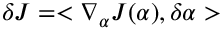
\delta J = < \nabla _ { \alpha } J ( \alpha ) , \delta \alpha >